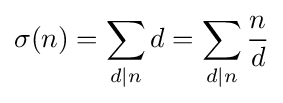
\sigma (n)=\sum _{d|n}d=\sum _{d|n}{\frac {n}{d}}